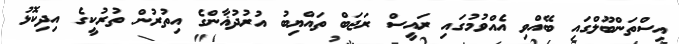
އިސްތަންބޫލްގައި ބޭއްވި އެއްވުމުގައި ރައީސް ރަޖަބް ތައްޔިބު އުރުދުޣާންގެ އިތުރުން ތުރުކީގެ އިދިކޮޅު